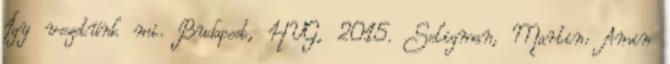
Így vezetünk mi. Budapest, HVG, 2015. Seligman, Martin: Amin